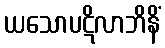
ယသောပဋိလာဘိနိံ